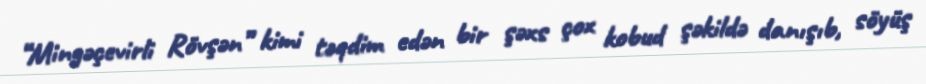
“Mingəçevirli Rövşən” kimi təqdim edən bir şəxs çox kobud şəkildə danışıb, söyüş